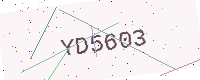
Text: YD5603